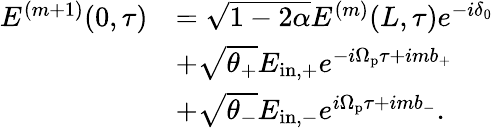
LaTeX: \begin{array}{rl}{E^{(m+1)}(0,\tau)}&{=\sqrt{1-2\alpha}E^{(m)}(L,\tau)e^{-i\delta_{0}}}\\ &{+\sqrt{\theta_{+}}E_{\mathrm{in,+}}e^{-i\Omega_{\mathrm{p}}\tau+imb_{+}}}\\ &{+\sqrt{\theta_{-}}E_{\mathrm{in,-}}e^{i\Omega_{\mathrm{p}}\tau+imb_{-}}.}\end{array}